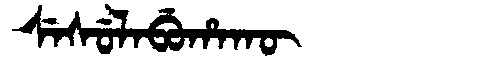
Manchu: ᠰᡝᠰᡠᠯᠠᠪᡠᡥᠠᡴᡡ
Romanization: SESULABUHAKŪ